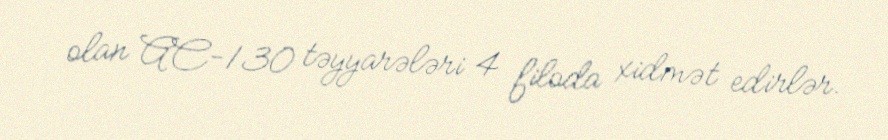
olan AC-130 təyyarələri 4 filoda xidmət edirlər.